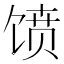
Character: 𱄀